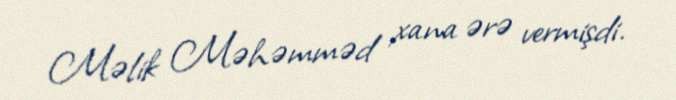
Məlik Məhəmməd xana ərə vermişdi.